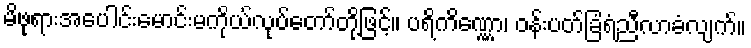
မိဖုရားအပေါင်းမောင်းမကိုယ်လုပ်တော်တို့ဖြင့်။ ပရိကိဏ္ဏော၊ ဝန်းပတ်ခြံရံညီလာခံလျက်။